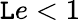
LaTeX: \mathtt{L}e<1